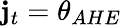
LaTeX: \mathbf{j}_{t}=\theta_{AHE}